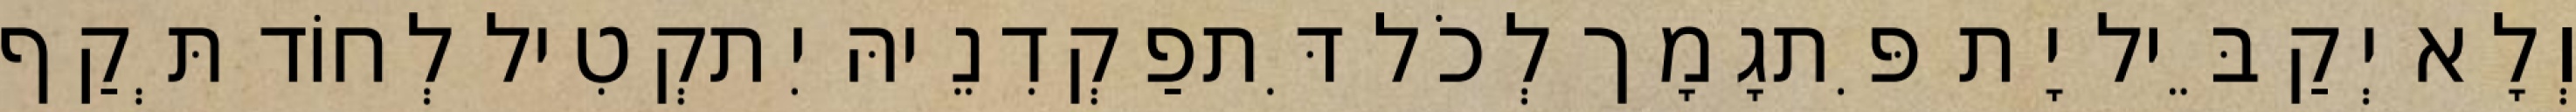
וְלָא יְקַבֵּיל יָת פִּתגָמָך לְכֹל דִּתפַקְדִנֵיהּ יִתקְטִיל לְחוֹד תְּקַף